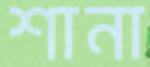
শানা